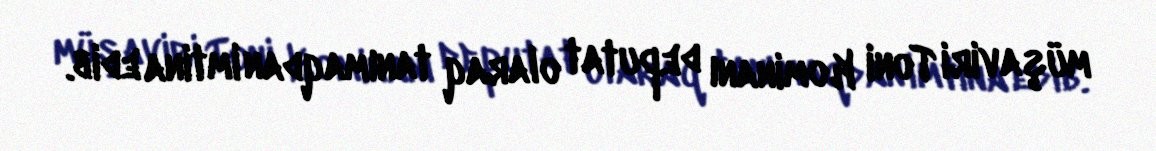
müşaviri Toni Kominanı deputat olaraq tanımaqdan imtina edib.